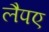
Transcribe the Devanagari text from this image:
लैपए